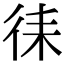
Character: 𭛧